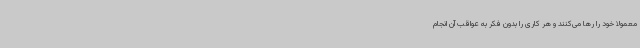
معمولا خود را رها می‌کنند و هر کاری را بدون فکر به عواقب آن انجام